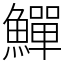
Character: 鱓